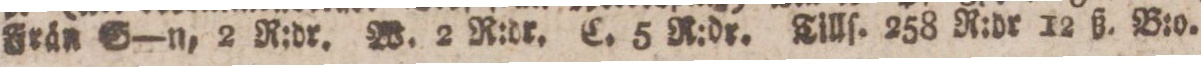
Frän S—n, 2 R:dr. W. 2 R:dr. C. 5 R:dr. Tillſ. 258 R:dr 12 ß. B:o.